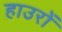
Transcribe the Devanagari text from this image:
हाउरों